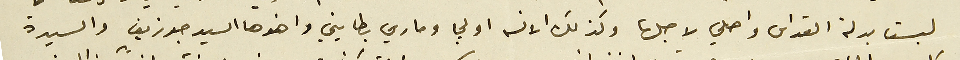
لبست بدلة القداس واصلي لاجلها وكذلك الانسه اولجا وماري بطايني واخوها السيد جوزيف والسيدة